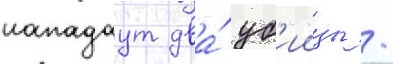
нападаут два́ уб'иицы /